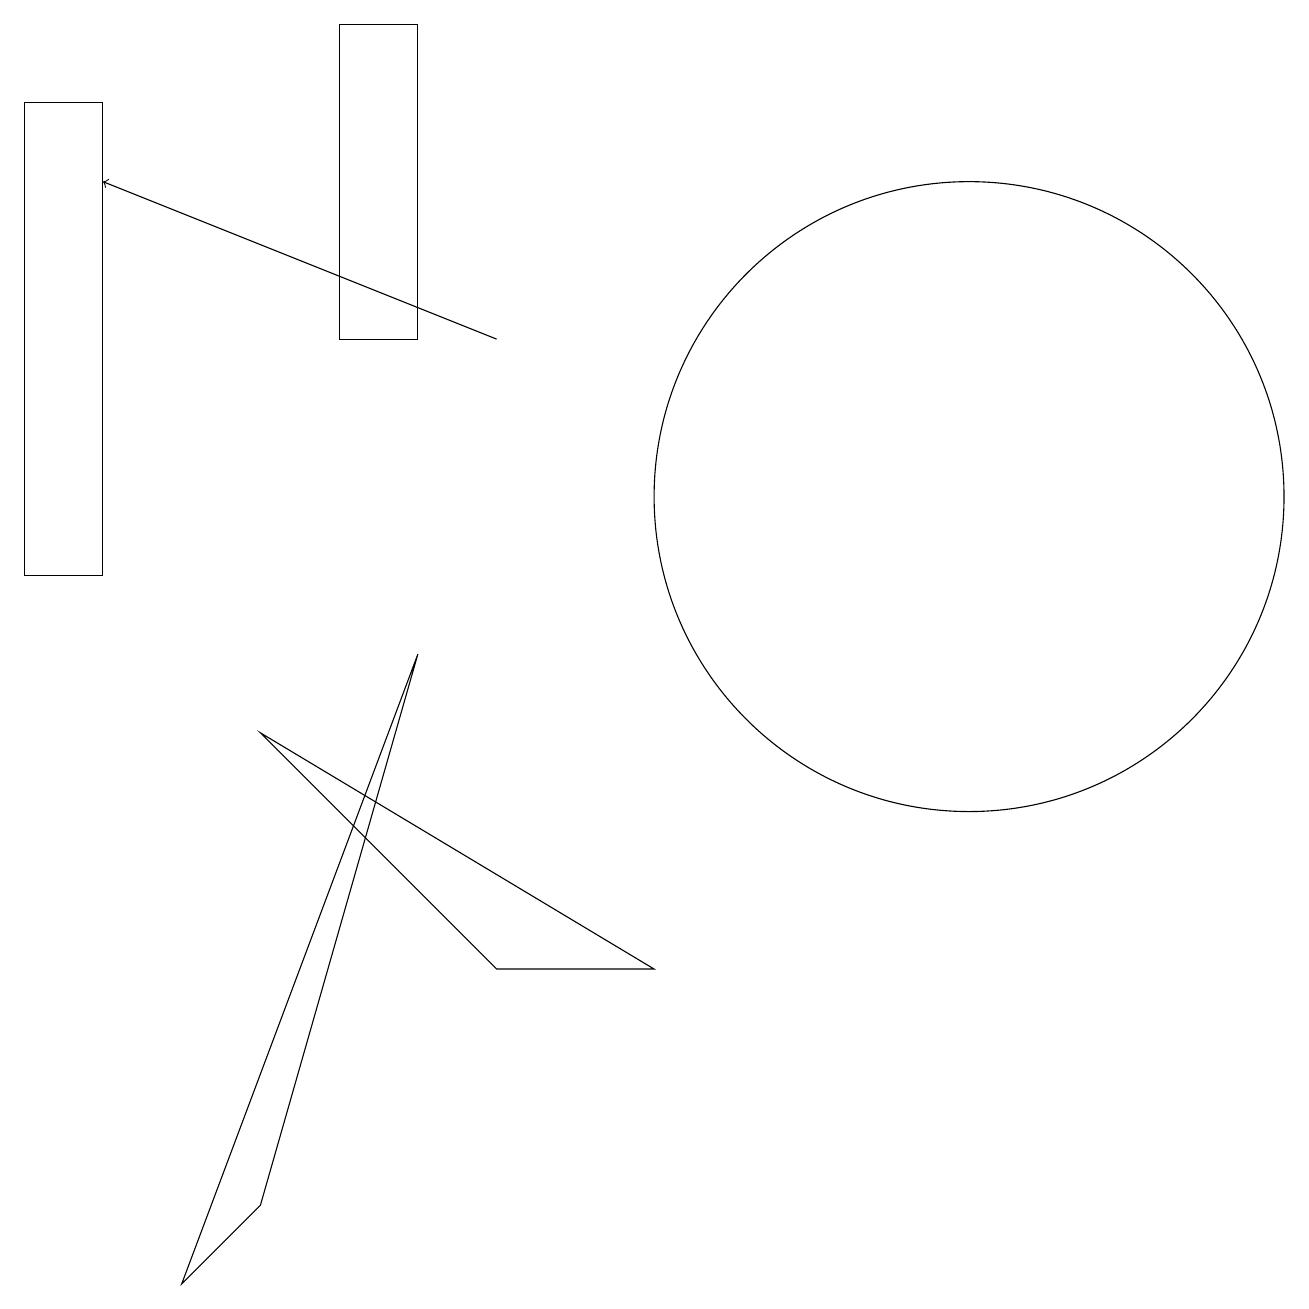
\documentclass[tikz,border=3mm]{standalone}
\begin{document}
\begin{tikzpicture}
\draw (8,5) -- (6,5) -- (3,8) -- cycle;
\draw (5,9) -- (2,1) -- (3,2) -- cycle;
\draw (4,17) rectangle (5,13);
\draw (12,11) circle (4);
\draw[->] (6,13) -- (1,15);
\draw (0,10) rectangle (1,16);
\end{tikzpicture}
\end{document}